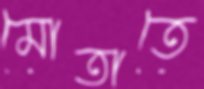
মোতাতে